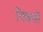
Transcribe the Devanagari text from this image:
चिकसॉ